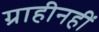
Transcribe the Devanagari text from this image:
ग्राहीनहीं